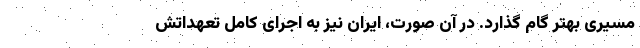
مسیری بهتر گام گذارد. در آن صورت، ایران نیز به اجرای کامل تعهداتش